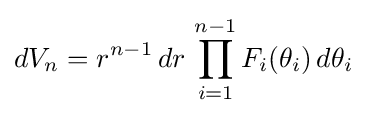
dV_{n}=r^{n-1}\,dr\,\prod _{i=1}^{n-1}F_{i}(\theta _{i})\,d\theta _{i}